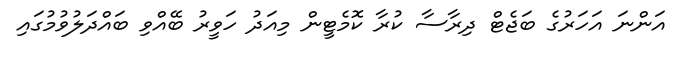
އަންނަ އަހަރުގެ ބަޖެޓް ދިރާސާ ކުރާ ކޮމެޓީން މިއަދު ހަވީރު ބޭއްވި ބައްދަލުވުމުގައި